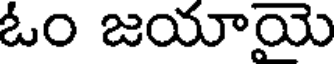
ఓం జయాయె